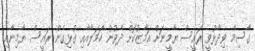
ގާސިމް ވިދާޅުވީ ރައީސް ޔާމީނަށް އަމާޒުކޮށް ދެވުނު ހަމަލާއާއި ގުޅިގެން ރައީސް ޔާމިނާއި